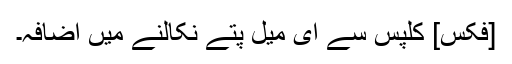
[فکس] کلپس سے ای میل پتے نکالنے میں اضافہ۔